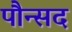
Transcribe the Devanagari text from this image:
पौन्सद